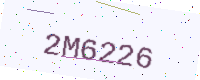
Text: 2M6226